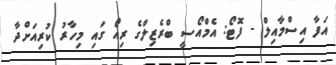
އަފާ އިސްމާއިލް - ފޮޓޯ: އެމްއޯސީ ބްރެޒިލްގެ ރިއޯ ގައި މިހާރު ކުރިއަށްދާ